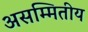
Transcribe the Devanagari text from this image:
असम्मितीय